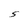
Character: S